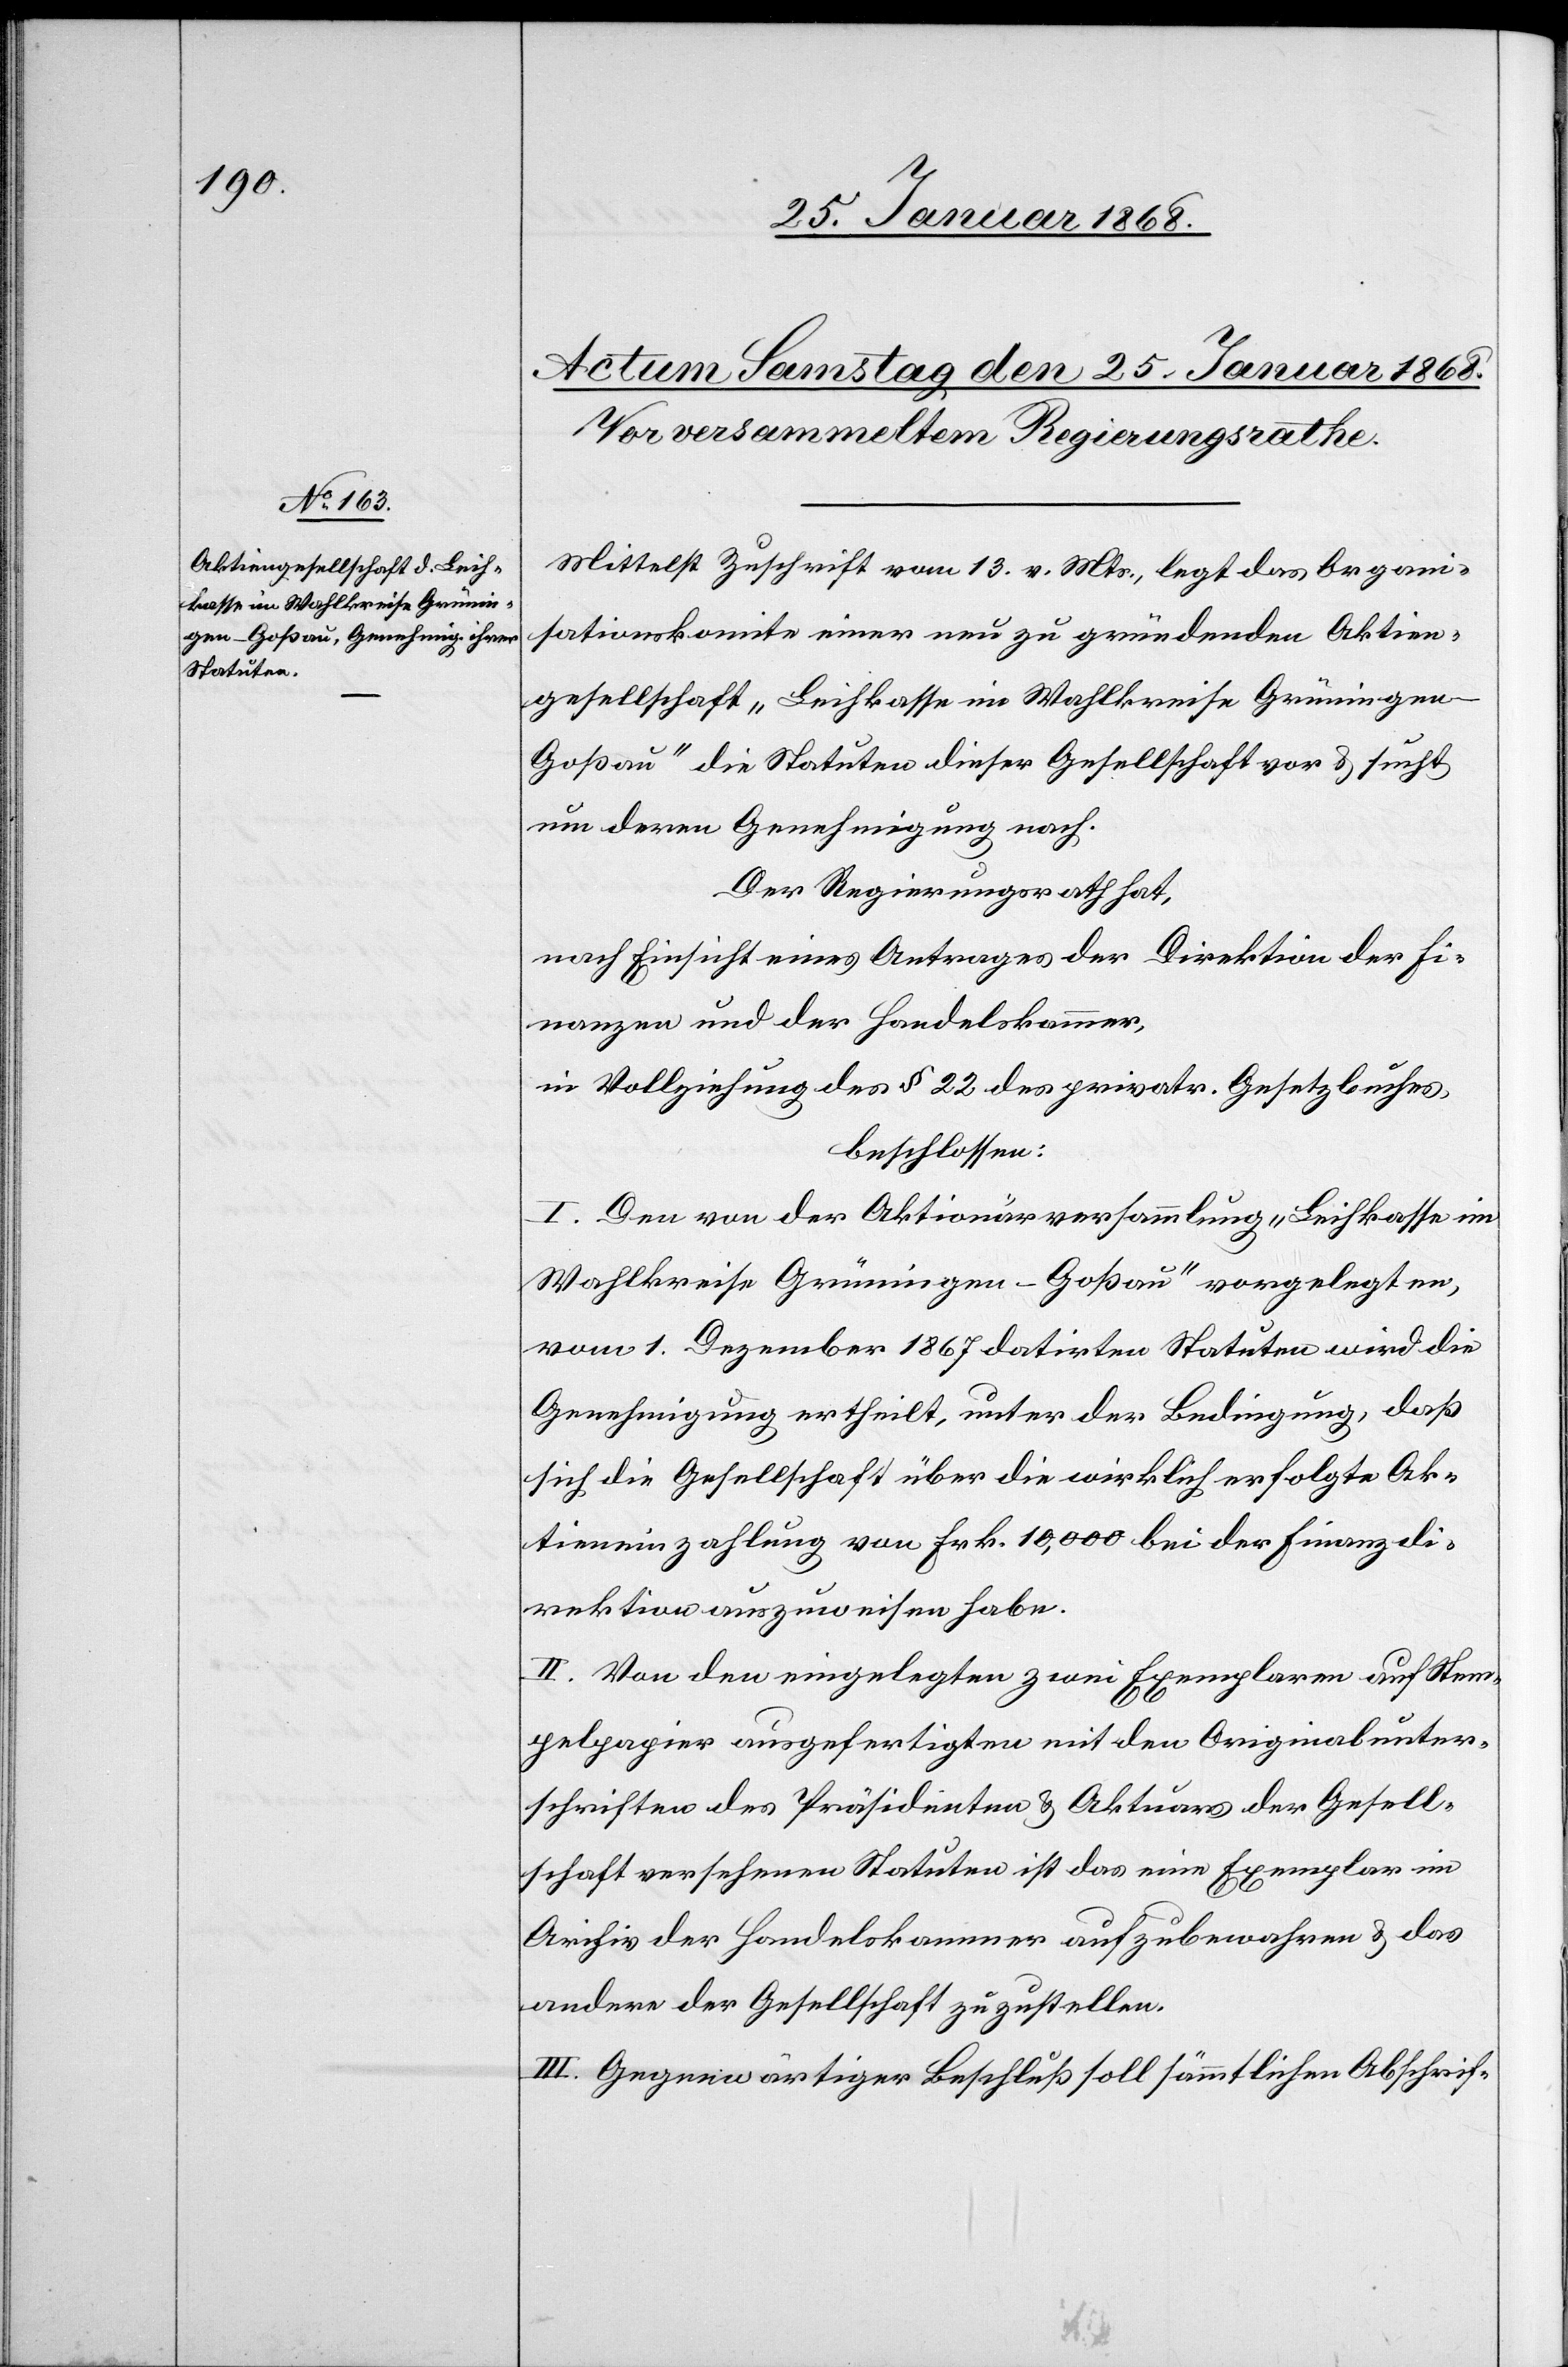
Mittelst Zuschrift vom 13. v. Mts., legt das Organi¬
sationskomite einer neu zu gründenden Aktien¬
gesellschaft „Leihkasse im Wahlkreise Grüninge¬
n-Goßau“ die Statuten dieser Gesellschaft vor & sucht
um deren Genehmigung nach.
Der Regierungsrath hat,
nach Einsicht eines Antrages der Direktion der Fi¬
nanzen und der Handelskammer,
in Vollziehung des § 22 des privatr. Gesetzbuches,
beschlossen:
I. Den von der Aktionärversammlung „Leihkasse im
Wahlkreise Grüningen-Goßau“ vorgelegten,
vom 1. Dezember 1867 datirten Statuten wird die
Genehmigung ertheilt, unter der Bedingung, daß
sich die Gesellschaft über die wirklich erfolgte Ak¬
tieneinzahlung von Frk. 10,000 bei der Finanzdi¬
rektion auszuweisen habe.
II. Von den eingelegten zwei Exemplaren auf Stem¬
pelpapier ausgefertigten mit den Originalunter¬
schriften des Präsidenten & Aktuars der Gesell¬
schaft versehenen Statuten ist das eine Exemplar im
Archiv der Handelskammer aufzubewahren & das
andere der Gesellschaft zuzustellen.
III. Gegenwärtiger Beschluß soll sämmtlichen Abschrif-